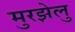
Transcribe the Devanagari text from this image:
मुरझेलु